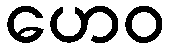
ဟေဝ